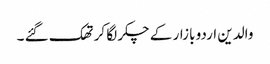
والدین اردو بازار کے چکر لگا کر تھک گئے ۔